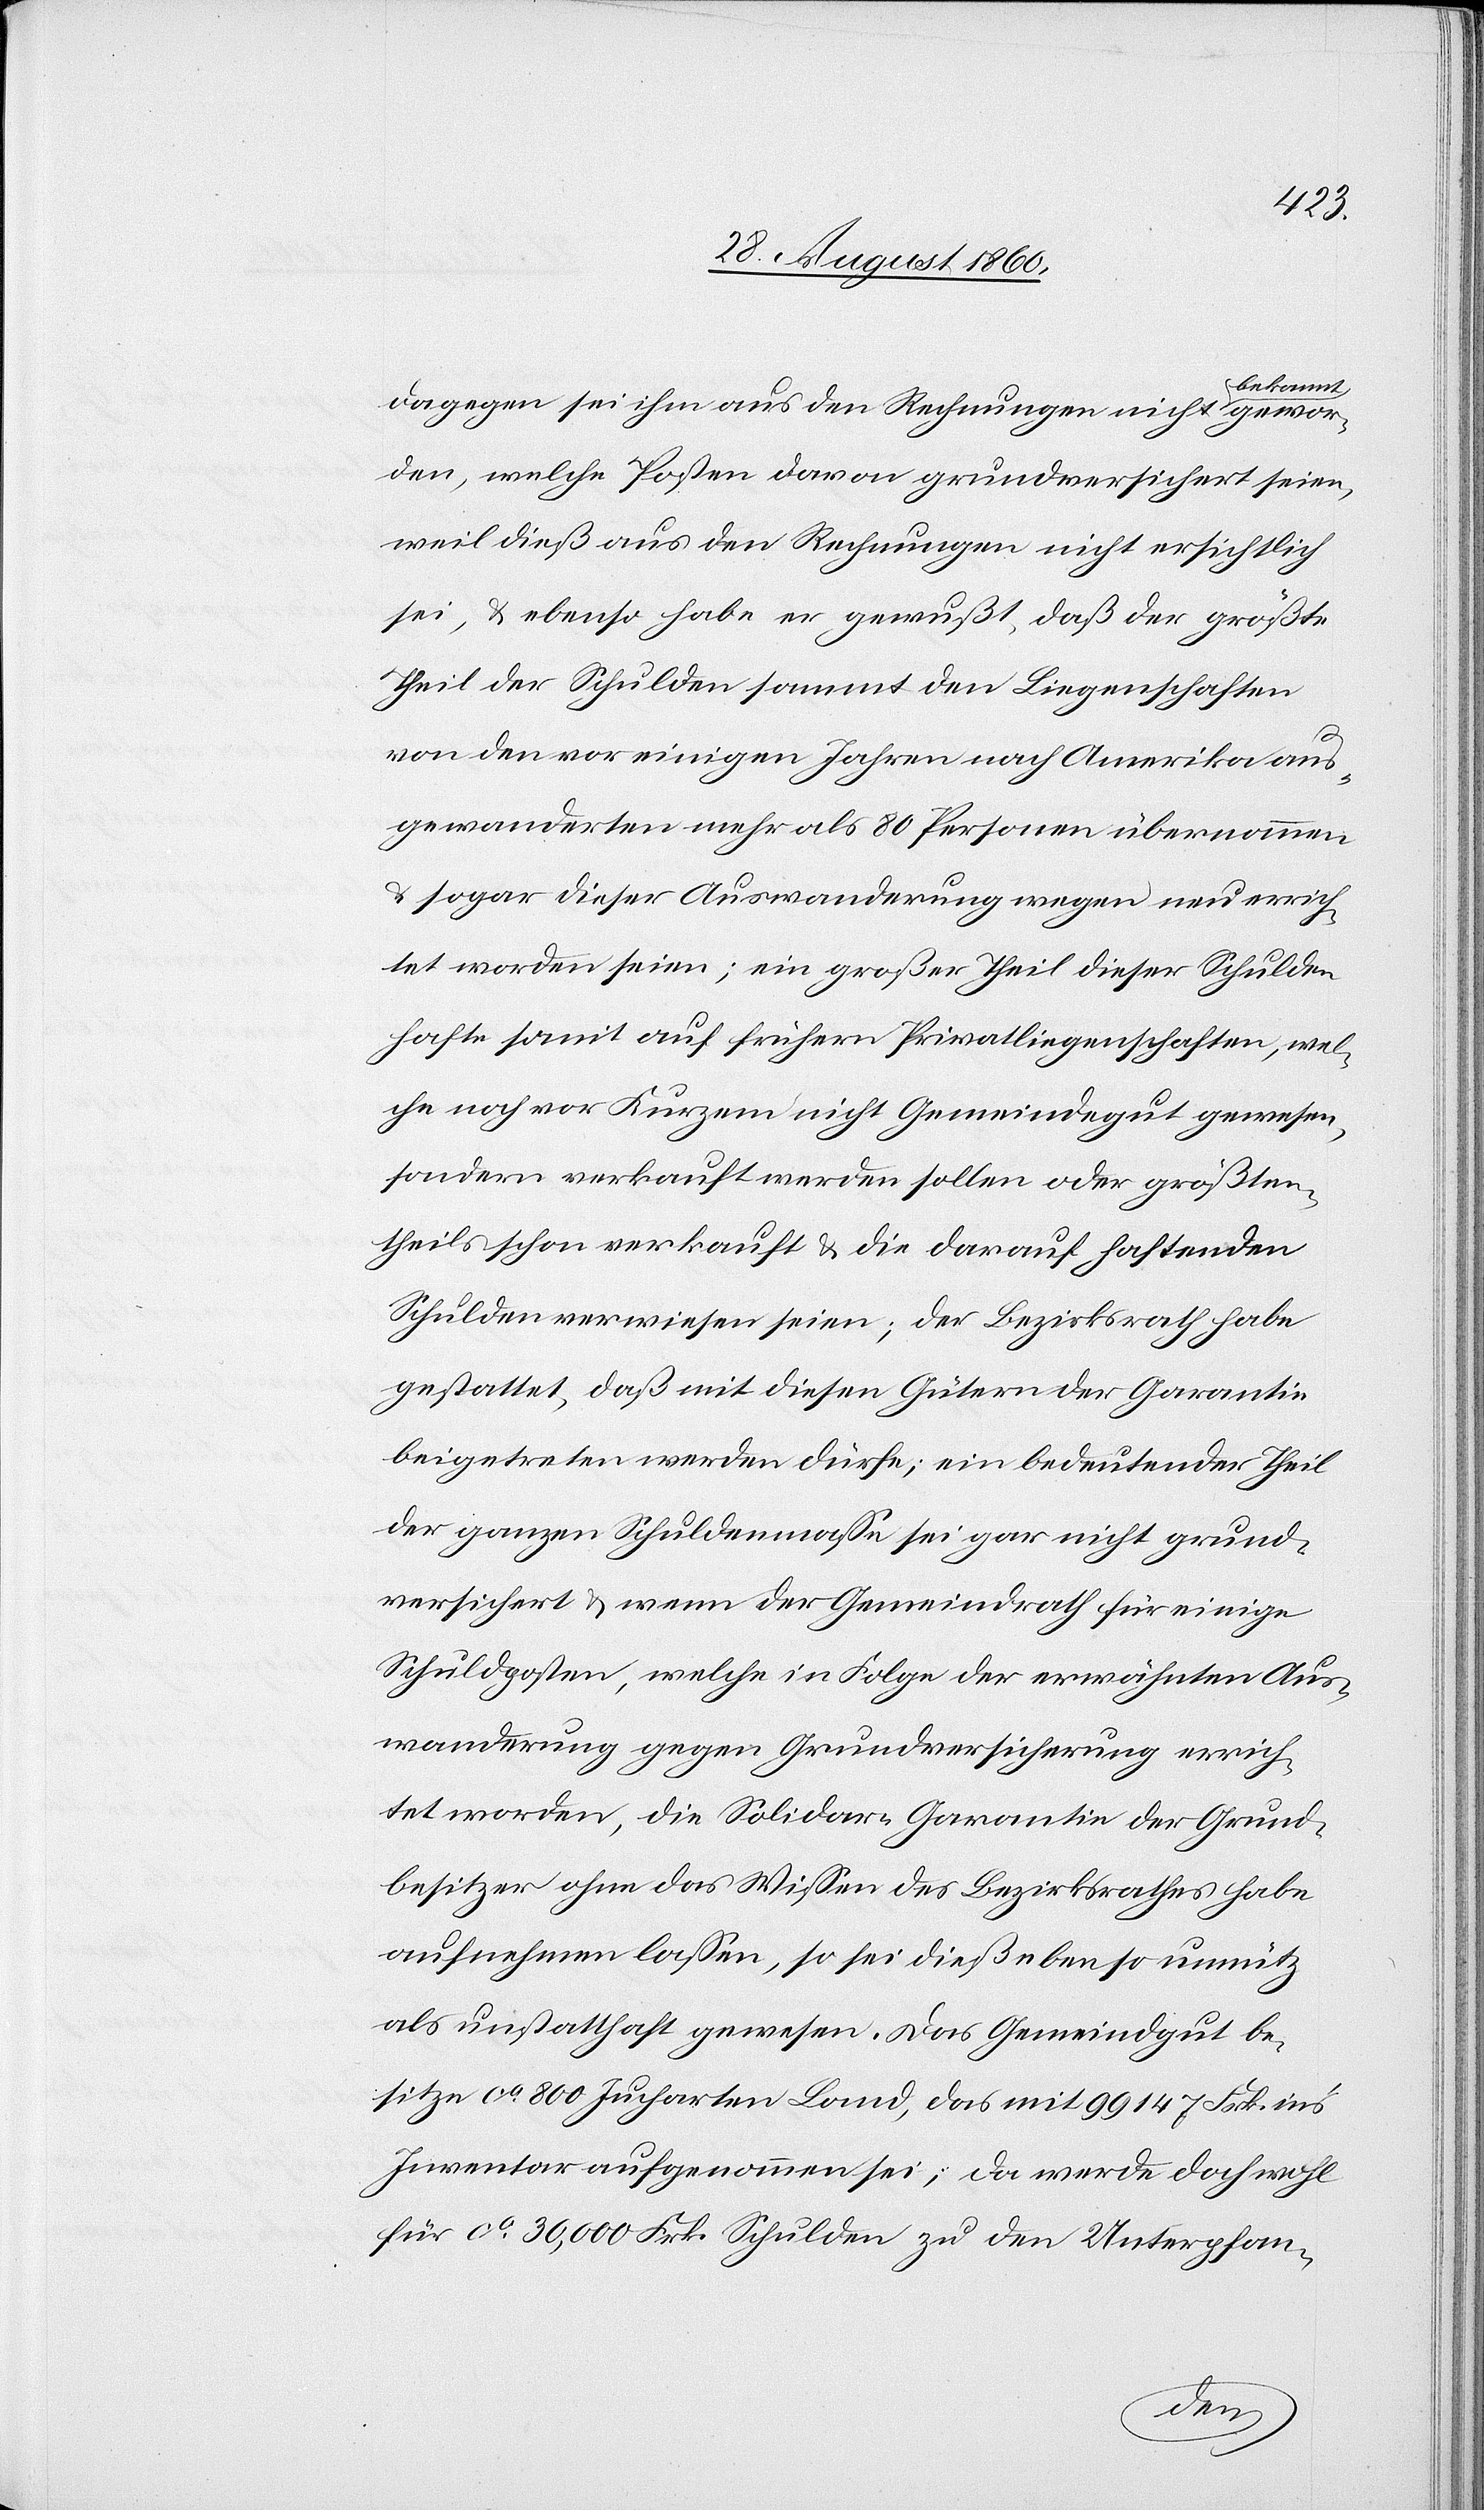
gen sei ihm aus den Rechnungen nicht bekannt
den, welche Posten davon grundversichert seien,
weil diess aus den Rechnungen nicht ersichtlich
sei, u. ebenfalls habe er gewusst, dass der grösste
Theil der Schulden sammt den Liegenschaften
von den vor einigen Jahren nach Amerika aus¬
gewanderten mehr als 80 Personen übernommen
u. sogar dieser Auswanderung wegen neu errich¬
tet worden seien; ein grosser Theil dieser Schulden
hafte somit auf frühern Privatliegenschaften, wel¬
che noch vor Kurzem nicht Gemeindegut gewesen,
sondern verkauft werden sollen oder grössten¬
theils schon verkauft u. die darauf haftenden
Schulden verwiesen seien; der Bezirksrath habe
gestattet, dass mit diesen Gütern der Garantie
beigetreten werden dürfe; ein bedeutender Theil
der ganzen Schuldenmasse sei gar nicht grund¬
versichert u. wenn der Gemeindrath für einige
Schuldposten, welche in Folge der erwähnten Aus¬
wanderung gegen Grundversicherung errich¬
tet worden, die Solidar-Garantie der Grund¬
besitze ohne das Wissen des Bezirksrathes habe
aufnehmen lassen, so sei diess eben so unnütz
als unstatthaft gewesen. Das Gemeindgut be¬
sitze ca 800 Jucharten Land, das mit 99 147 Frk. ins
Inventar aufgenommen sei; da werde doch wohl
für ca 30 000 Frk. Schulden zu den Unter-
gewor¬